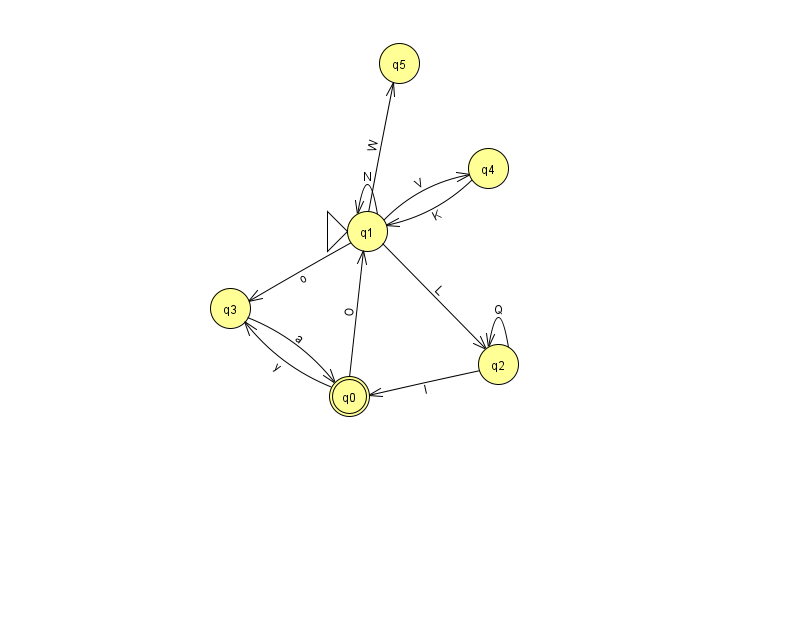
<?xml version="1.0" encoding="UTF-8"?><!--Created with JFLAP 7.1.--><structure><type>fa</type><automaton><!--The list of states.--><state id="0" name="q0"><x>349.0</x><y>383.0</y><final/></state><state id="1" name="q1"><x>367.0</x><y>218.0</y><initial/></state><state id="2" name="q2"><x>498.0</x><y>351.0</y></state><state id="3" name="q3"><x>230.0</x><y>295.0</y></state><state id="4" name="q4"><x>488.0</x><y>155.0</y></state><state id="5" name="q5"><x>399.0</x><y>50.0</y></state><!--The list of transitions.--><transition><from>2</from><to>2</to><read>Q</read></transition><transition><from>1</from><to>5</to><read>W</read></transition><transition><from>0</from><to>3</to><read>y</read></transition><transition><from>1</from><to>3</to><read>o</read></transition><transition><from>1</from><to>4</to><read>V</read></transition><transition><from>0</from><to>1</to><read>O</read></transition><transition><from>1</from><to>2</to><read>L</read></transition><transition><from>2</from><to>0</to><read>I</read></transition><transition><from>4</from><to>1</to><read>K</read></transition><transition><from>1</from><to>1</to><read>N</read></transition><transition><from>3</from><to>0</to><read>a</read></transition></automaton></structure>